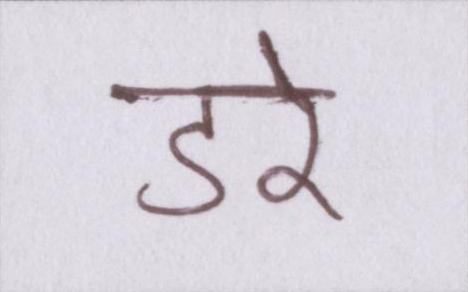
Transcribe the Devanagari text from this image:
डरे